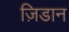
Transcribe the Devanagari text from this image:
ज़िडान